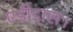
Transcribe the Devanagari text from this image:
एडीडास।